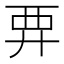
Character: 𧟥